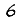
Digit: 6